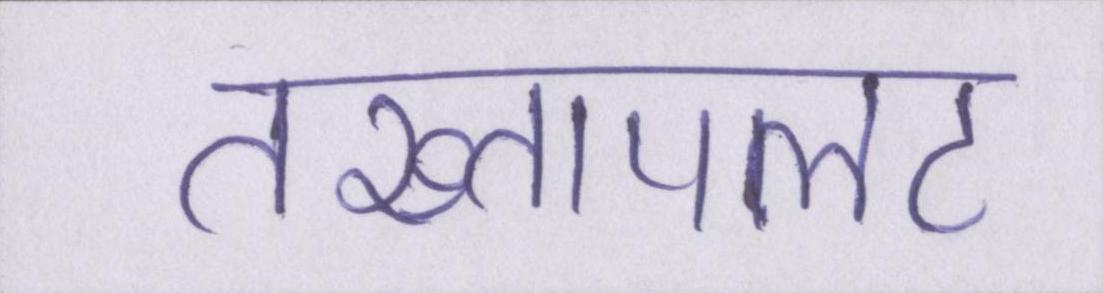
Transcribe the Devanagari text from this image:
तख्तापलट